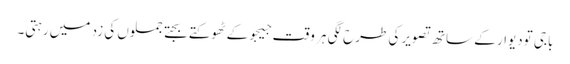
باجی تودیوار کے ساتھ تصویر کی طرح لگی ہر وقت جیجو کے ٹھوکتے بجتے جملوں کی زد میں رہتی۔